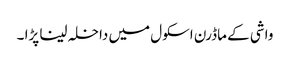
واشی کے ماڈرن اسکول میں داخلہ لینا پڑا ۔